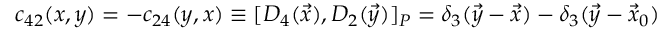
c _ { 4 2 } ( x , y ) = - c _ { 2 4 } ( y , x ) \equiv [ D _ { 4 } ( \vec { x } ) , D _ { 2 } ( \vec { y } ) ] _ { P } = \delta _ { 3 } ( \vec { y } - \vec { x } ) - \delta _ { 3 } ( \vec { y } - \vec { x } _ { 0 } )